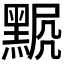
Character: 𪑍